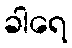
ခါရေ